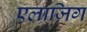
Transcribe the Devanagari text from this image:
एलाज़िग